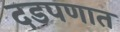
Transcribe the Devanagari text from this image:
दडपणात